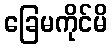
ခြေမကိုင်မိ